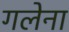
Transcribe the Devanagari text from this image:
गलेना